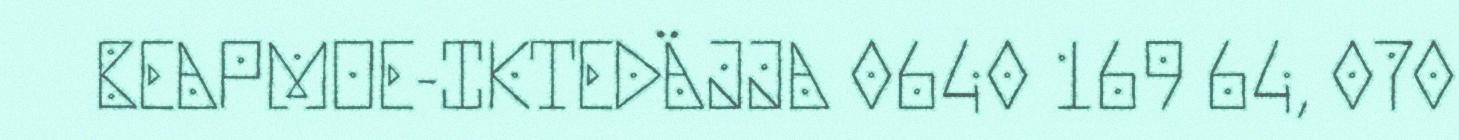
BEAPMOE-IKTEDÄJJA 0640 169 64, 070